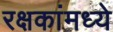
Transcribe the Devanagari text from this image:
रक्षकांमध्ये